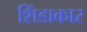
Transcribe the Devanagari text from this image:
शिंडाकार